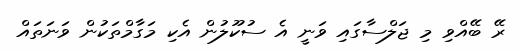
ރޭ ބޭއްވި މި ޖަލްސާގައި ވަނީ އެ ސުކޫލުން އެކި މަގާމްތަކުން ވަނަތައް